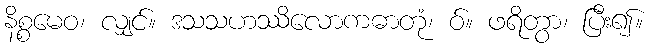
နိစ္စမေဝ၊ လျှင်။ ဒသသဟဿိလောကဓာတုံ၊ ဝ်။ ဖရိတွာ၊ ပြီး၍။